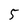
Character: 5